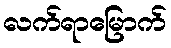
လက်ရာမြောက်